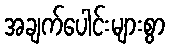
အချက်ပေါင်းများစွာ